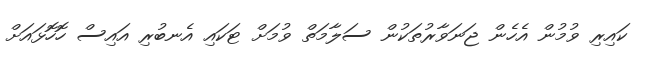
ކައިރި ވުމުން އެހެން ޖަނަވާރުތަކުން ސަލާމަތް ވުމަށް ޓަކައި އެނބުރި އައިސް ހޮހޮޅައަށް